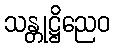
သန္တုဋ္ဌိညေဝ